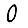
Digit: 0